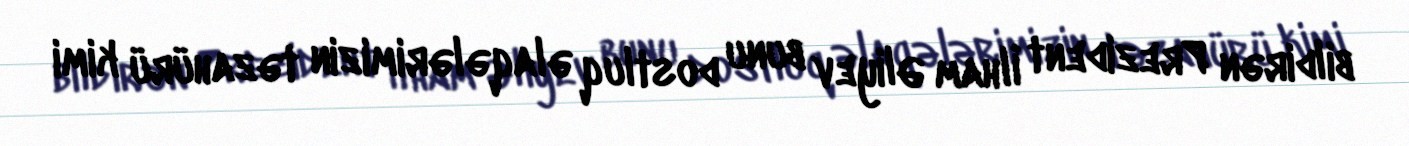
bildirən Prezident İlham Əliyev bunu dostluq əlaqələrimizin təzahürü kimi